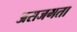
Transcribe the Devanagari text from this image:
असजगता